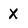
Character: X